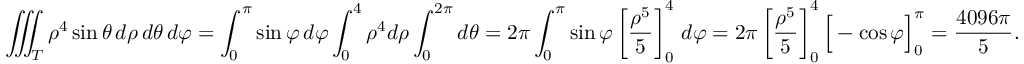
\iiint _ { T } \rho ^ { 4 } \sin \theta \, d \rho \, d \theta \, d \varphi = \int _ { 0 } ^ { \pi } \sin \varphi \, d \varphi \int _ { 0 } ^ { 4 } \rho ^ { 4 } d \rho \int _ { 0 } ^ { 2 \pi } d \theta = 2 \pi \int _ { 0 } ^ { \pi } \sin \varphi \left[ { \frac { \rho ^ { 5 } } { 5 } } \right] _ { 0 } ^ { 4 } \, d \varphi = 2 \pi \left[ { \frac { \rho ^ { 5 } } { 5 } } \right] _ { 0 } ^ { 4 } { \Big [ } - \cos \varphi { \Big ] } _ { 0 } ^ { \pi } = { \frac { 4 0 9 6 \pi } { 5 } } .